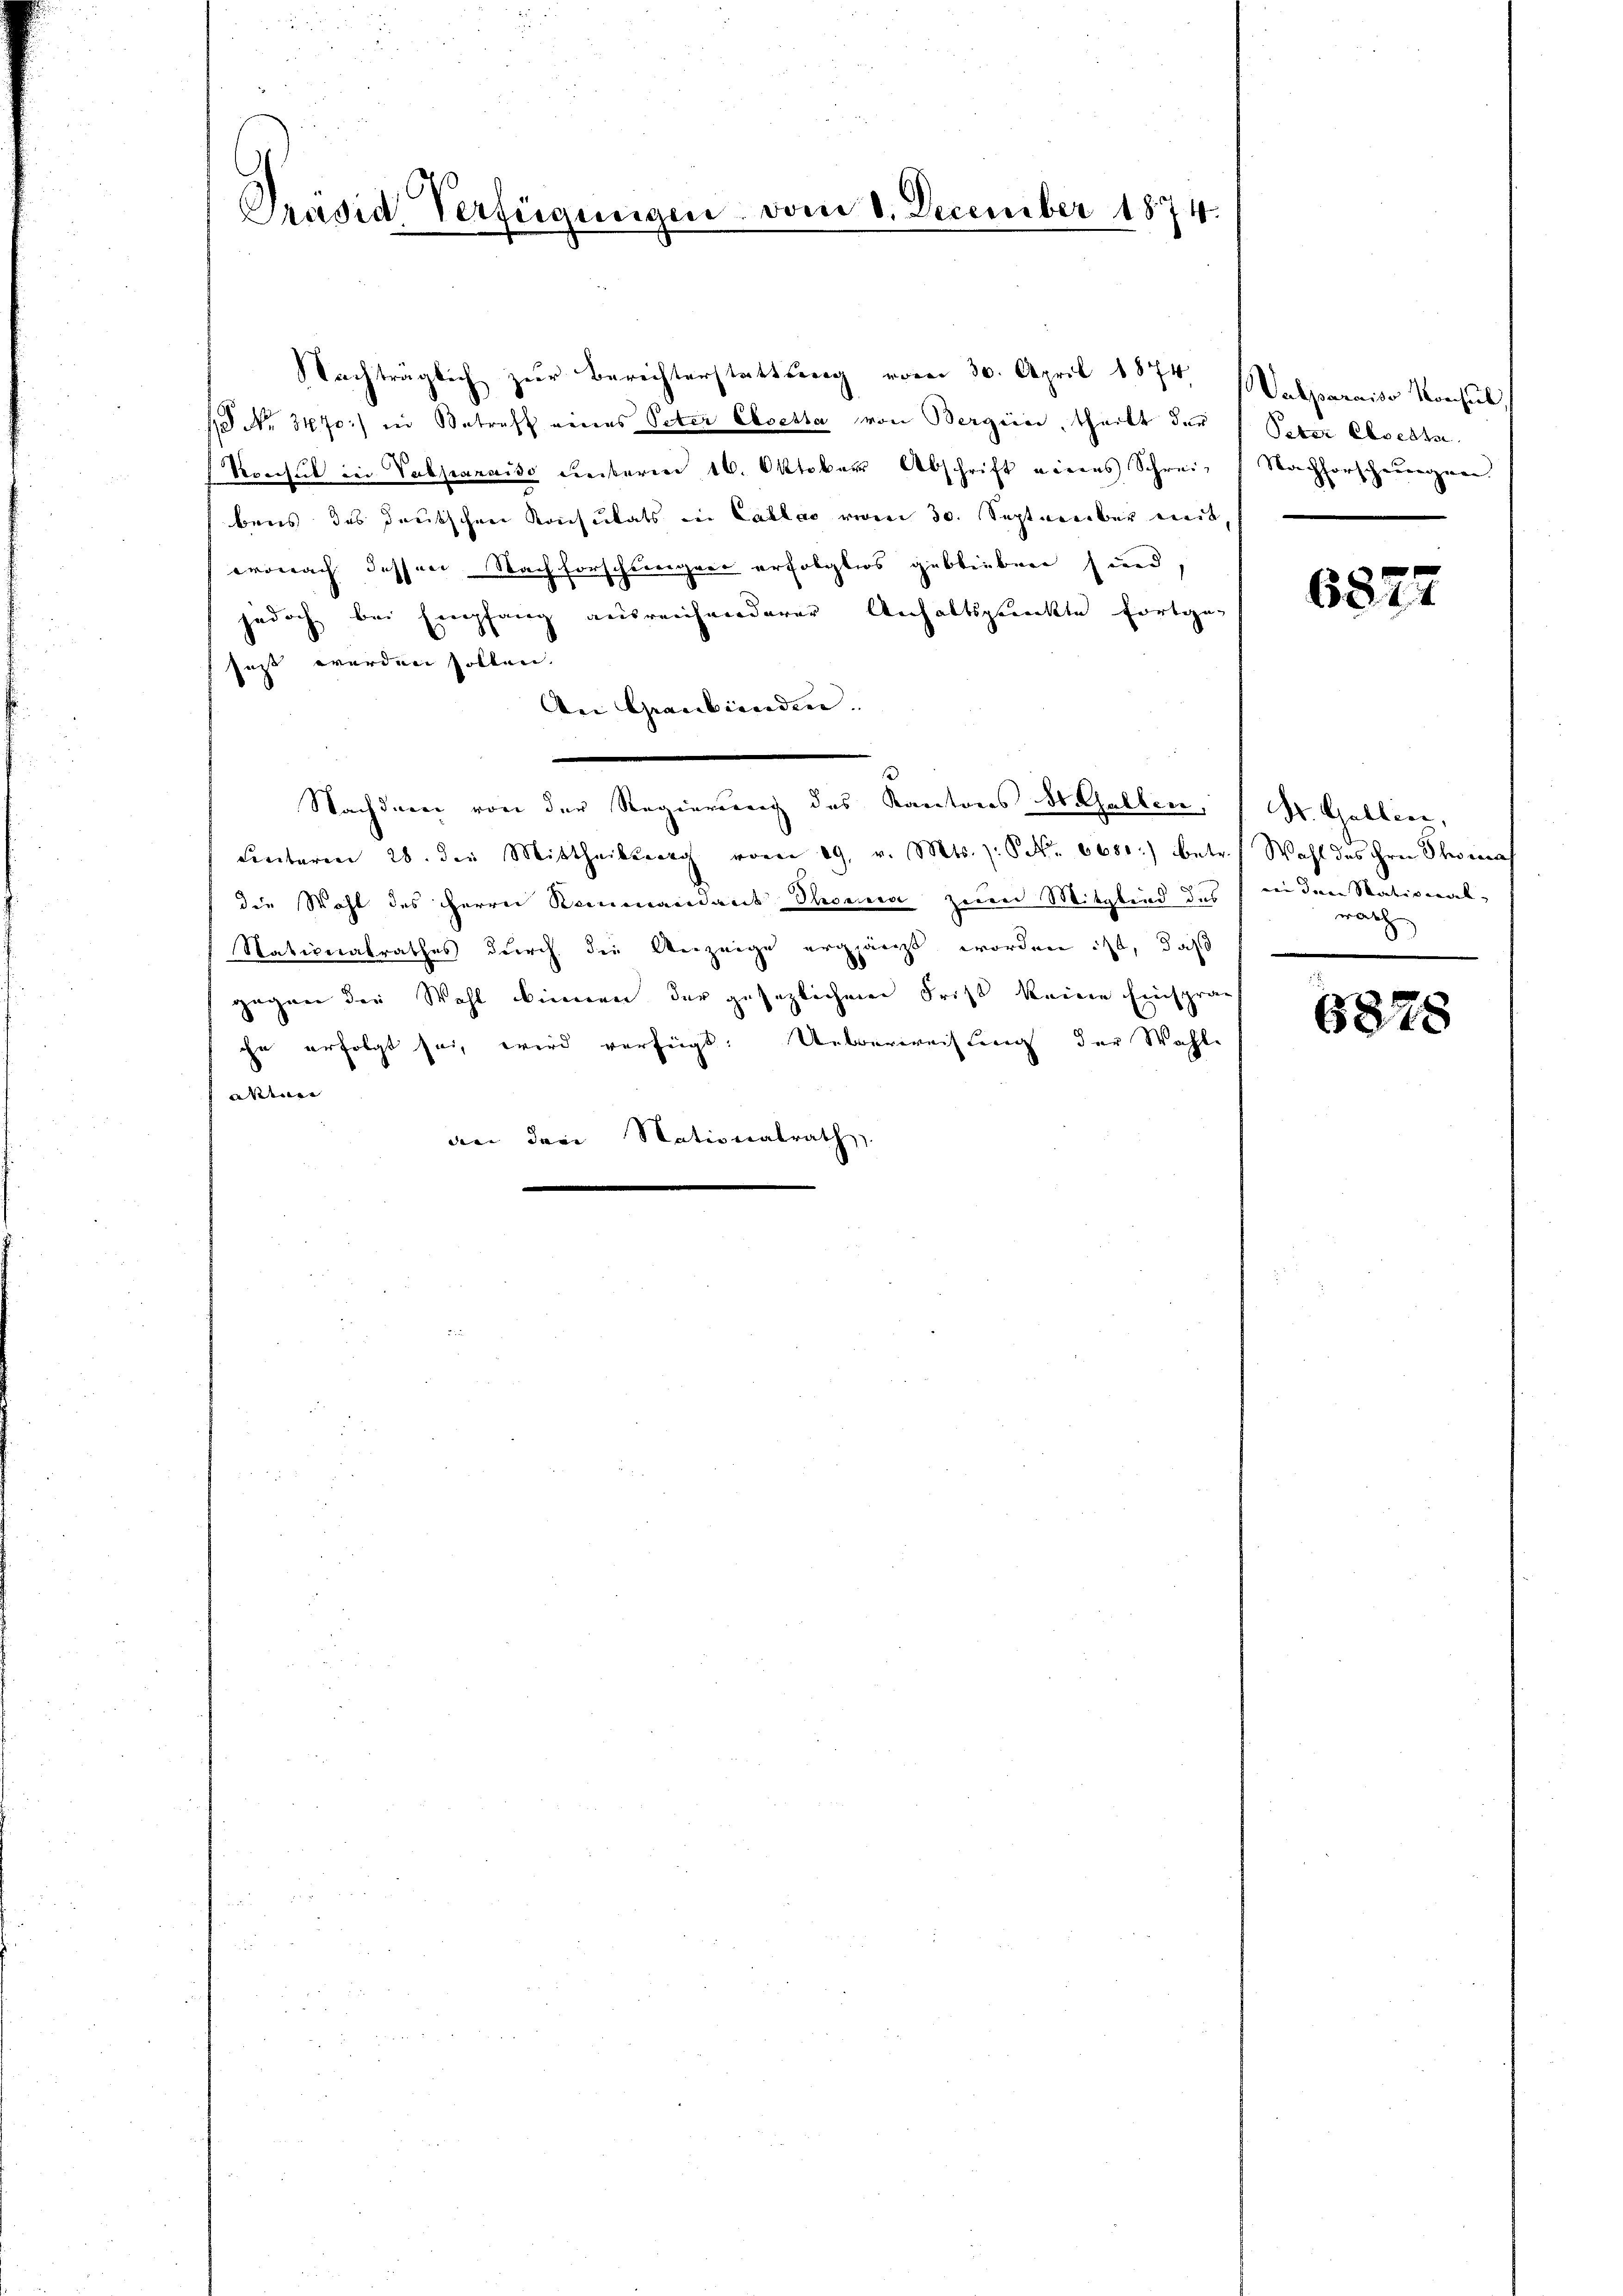
Präsid. Verfügungen vom 1. December 1874.

Nachträglich zur Berichterstattung vom 30. April 1874 (Walparniso Konsul
/ No. 3470) in Betreff eines Peter Cloetta von Bergeier, theilt der 1 Peter Cloetta
Konsul in Vabparniso Leiterm 16. Oktober Abschrift eines Schreie Nachforschungen
bens des deutschen Konsulats in Cablas vom 30. September mit
wonach dessen Nachforschweigere erfolgters geblieben sind,
jedoch bei Empfang ausreichenderer Anhaltspunkte fortge-
faßt werden sollen. |
Aei Graubünden.
Nachdem von der Regierenung des Kantons St. Gallen
Centaren 28. die Mittheils vom 29. v. Mts. z. S. 6680.) betr.
die Wahl des Herrn Kommandant Thoma zum Mitglied des in den Stational-
Nationalrathes durch die Anzeige ergänzt worden ist, daß
gegen der Wahl binnen der gesezlichen Frist keine Einsprahn erfolgt sei, wird verfügt: Ueberweistung der Wahle
adenen |
dei der Nationalrath

6827

Dr. Gallier,
Wahl des ihrer Scheina
rach

6878